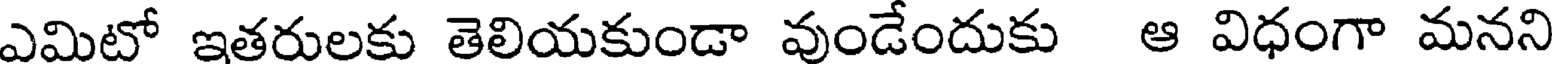
ఎమిటో ఇతరులకు తెలియకుండా వుండేందుకు ఆ విధంగా మనని